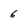
Character: 6